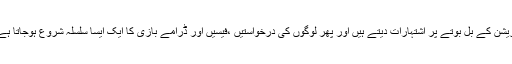
یہ لوگ اپنی منظوری اور رجسٹریشن کے بل بوتے پر اشتہارات دیتے ہیں اور پھر لوگوں کی درخواستیں ،فیسیں اور ڈرامے بازی کا ایک ایسا سلسلہ شروع ہوجاتا ہے جو کسی کی سمجھ میں نہیں آتا۔